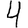
Digit: 4